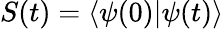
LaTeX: S(t)=\left\langle\psi(0)|\psi(t)\right\rangle